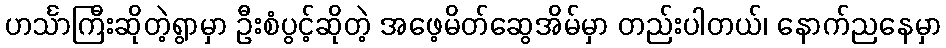
ဟင်္သာကြီးဆိုတဲ့ရွာမှာ ဦးစံပွင့်ဆိုတဲ့ အဖေ့မိတ်ဆွေအိမ်မှာ တည်းပါတယ်၊ နောက်ညနေမှာ